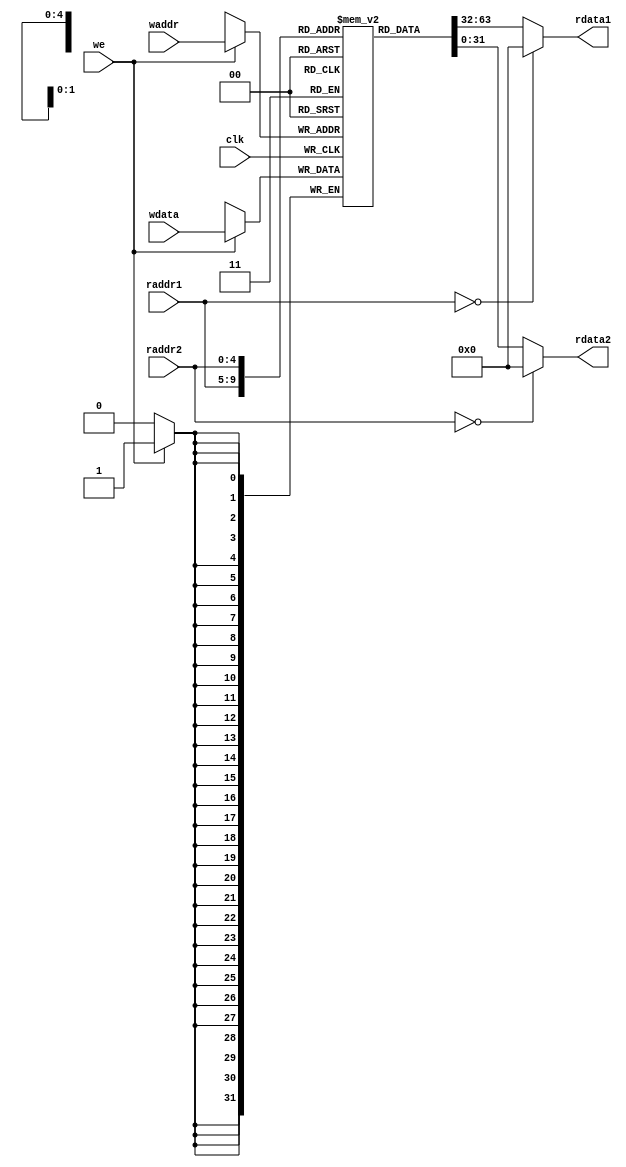
module regfile(
	input         clk,
    // READ PORT 1
	input  [ 4:0] raddr1,
	output [31:0] rdata1,
    // READ PORT 2
	input  [ 4:0] raddr2,
	output [31:0] rdata2,
    // WRITE PORT
	input         we,       //write enable, HIGH valid
	input  [ 4:0] waddr,
	input  [31:0] wdata
	);
	reg [31:0] rf[31:0]; //3232 0
//WRITE
always @(posedge clk) 
	begin
		if (we) rf[waddr]<= wdata;
end

//READ OUT 1
assign rdata1 = (raddr1==5'b0) ? 32'b0 : rf[raddr1];
//READ OUT 2
assign rdata2 = (raddr2==5'b0) ? 32'b0 : rf[raddr2];

endmodule

module reg_hilo(
	input         clk,
	input  [ 1:0] wen,
	input  [31:0] hi_in,
	input  [31:0] lo_in,
	input  [31:0] alu_in,
	
	output [31:0] hi_out,
	output [31:0] lo_out
	);
reg [31:0] reg_hi;
reg [31:0] reg_lo;
	
assign hi_out = reg_hi;
assign lo_out = reg_lo;
always @(posedge clk) begin
	if(wen == 2'b11) begin
		reg_hi <= hi_in;
		reg_lo <= lo_in;
	end
	else begin
		if(wen[1])
			reg_hi <= alu_in;
		else if(wen[0])
			reg_lo <= alu_in;
	end
	
end


endmodule